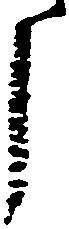
了